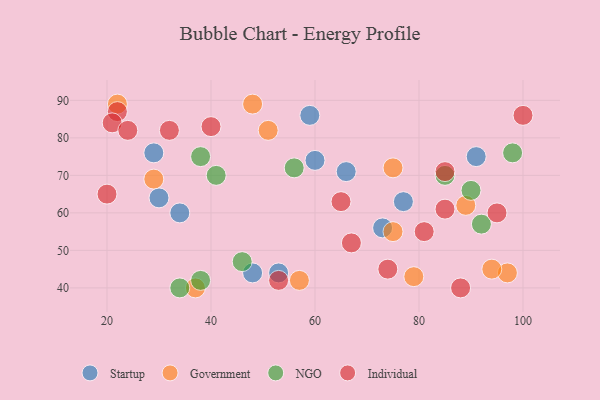
{"axis": {"x": "GDP", "y": "Life Expectancy"}, "legend": ["Government", "Individual", "NGO", "Startup"], "data": [{"x": "53", "y": 44, "type": "Startup"}, {"x": "59", "y": 86, "type": "Startup"}, {"x": "77", "y": 63, "type": "Startup"}, {"x": "60", "y": 74, "type": "Startup"}, {"x": "30", "y": 64, "type": "Startup"}, {"x": "91", "y": 75, "type": "Startup"}, {"x": "73", "y": 56, "type": "Startup"}, {"x": "48", "y": 44, "type": "Startup"}, {"x": "34", "y": 60, "type": "Startup"}, {"x": "29", "y": 76, "type": "Startup"}, {"x": "66", "y": 71, "type": "Startup"}, {"x": "75", "y": 72, "type": "Government"}, {"x": "37", "y": 40, "type": "Government"}, {"x": "89", "y": 62, "type": "Government"}, {"x": "79", "y": 43, "type": "Government"}, {"x": "29", "y": 69, "type": "Government"}, {"x": "22", "y": 89, "type": "Government"}, {"x": "75", "y": 55, "type": "Government"}, {"x": "97", "y": 44, "type": "Government"}, {"x": "57", "y": 42, "type": "Government"}, {"x": "51", "y": 82, "type": "Government"}, {"x": "48", "y": 89, "type": "Government"}, {"x": "94", "y": 45, "type": "Government"}, {"x": "41", "y": 70, "type": "NGO"}, {"x": "56", "y": 72, "type": "NGO"}, {"x": "92", "y": 57, "type": "NGO"}, {"x": "98", "y": 76, "type": "NGO"}, {"x": "38", "y": 42, "type": "NGO"}, {"x": "85", "y": 70, "type": "NGO"}, {"x": "90", "y": 66, "type": "NGO"}, {"x": "34", "y": 40, "type": "NGO"}, {"x": "38", "y": 75, "type": "NGO"}, {"x": "46", "y": 47, "type": "NGO"}, {"x": "85", "y": 61, "type": "Individual"}, {"x": "32", "y": 82, "type": "Individual"}, {"x": "74", "y": 45, "type": "Individual"}, {"x": "100", "y": 86, "type": "Individual"}, {"x": "65", "y": 63, "type": "Individual"}, {"x": "88", "y": 40, "type": "Individual"}, {"x": "85", "y": 71, "type": "Individual"}, {"x": "22", "y": 87, "type": "Individual"}, {"x": "20", "y": 65, "type": "Individual"}, {"x": "67", "y": 52, "type": "Individual"}, {"x": "40", "y": 83, "type": "Individual"}, {"x": "95", "y": 60, "type": "Individual"}, {"x": "53", "y": 42, "type": "Individual"}, {"x": "81", "y": 55, "type": "Individual"}, {"x": "21", "y": 84, "type": "Individual"}, {"x": "24", "y": 82, "type": "Individual"}]}